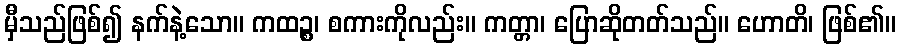
မှီသည်ဖြစ်၍ နက်နဲ့သော။ ကထဉ္စ၊ စကားကိုလည်း။ ကတ္တာ၊ ပြောဆိုတတ်သည်။ ဟောတိ၊ ဖြစ်၏။